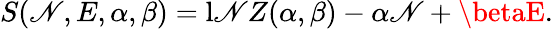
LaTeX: S(\mathscr{N},E,\alpha,\beta)=\mathrm{{l\mathscr{N}}}Z(\alpha,\beta)-\alpha\mathscr{N}+\betaE.